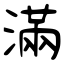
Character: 滿